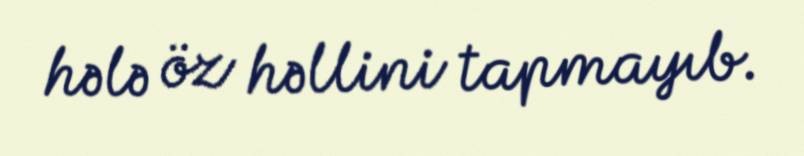
hələ öz həllini tapmayıb.